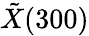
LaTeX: \tilde{X}(300)